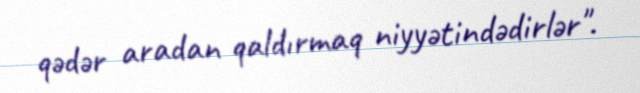
qədər aradan qaldırmaq niyyətindədirlər".